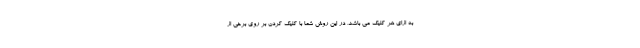
به ازای هر کلیک می باشد، در این روش شما با کلیک کردن بر روی برخی از